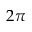
2 \pi